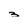
Character: 3